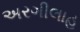
અરગીલાહ